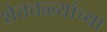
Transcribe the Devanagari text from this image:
शेततळ्यांच्या